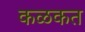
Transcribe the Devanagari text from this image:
कळकत